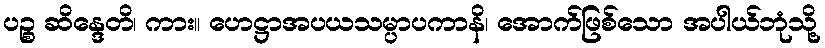
ပဉ္စ ဆိန္ဒေတိ၊ ကား။ ဟေဋ္ဌာအပယသမ္ပာပကာနိ၊ အောက်ဖြစ်သော အပါယ်ဘုံသို့